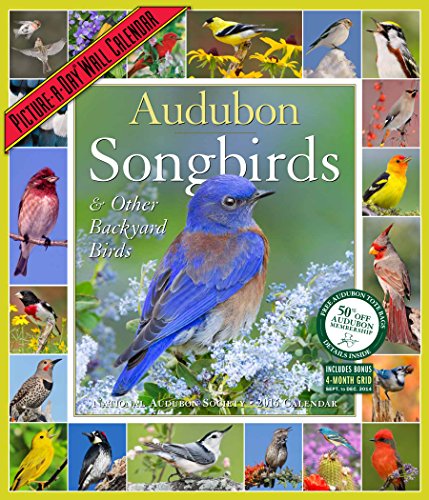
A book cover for Audubon Songbirds & Other Backyard Birds Picture-A-Day Wall Calendar 2016; National Audubon Society; Calendars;